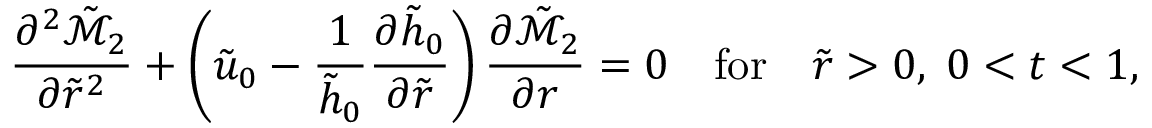
\frac { \partial ^ { 2 } \tilde { \mathcal { M } } _ { 2 } } { \partial \tilde { r } ^ { 2 } } + \left( \tilde { u } _ { 0 } - \frac { 1 } { \tilde { h } _ { 0 } } \frac { \partial \tilde { h } _ { 0 } } { \partial \tilde { r } } \right) \frac { \partial \tilde { \mathcal { M } } _ { 2 } } { \partial r } = 0 \quad \mathrm { f o r } \quad \tilde { r } > 0 , \; 0 < t < 1 ,